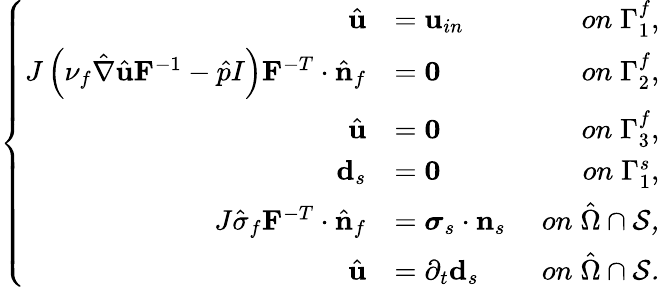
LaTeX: \left\{ \begin{array}{ll}{\begin{array}{rlr}{\hat{\mathbf{u}}}&{=\mathbf{u}_{in}\; }&{on\; \Gamma_{1}^{f},}\\ {J\left(\nu_{f}\hat{\nabla}\hat{\mathbf{u}}\mathbf{F}^{-1}-\hat{p}I\right)\mathbf{F}^{-T}\cdot\hat{\mathbf{n}}_{f}}&{=\mathbf{0}\; }&{on\; \Gamma_{2}^{f},}\\ {\hat{\mathbf{u}}}&{=\mathbf{0}\; }&{on\; \Gamma_{3}^{f},}\\ {\mathbf{d}_{s}}&{=\mathbf{0}\; }&{on\; \Gamma_{1}^{s},}\\ {J\hat{\sigma}_{f}\mathbf{F}^{-T}\cdot\hat{\mathbf{n}}_{f}}&{=\boldsymbol{\sigma}_{s}\cdot\mathbf{n}_{s}\; }&{on\; \hat{\Omega}\cap\cal S,}\\ {\hat{\mathbf{u}}}&{=\partial_{t}\mathbf{d}_{s}\; }&{on\; \hat{\Omega}\cap\cal S.}\end{array}}\end{array}\right.